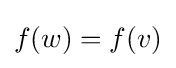
f(w)=f(v)